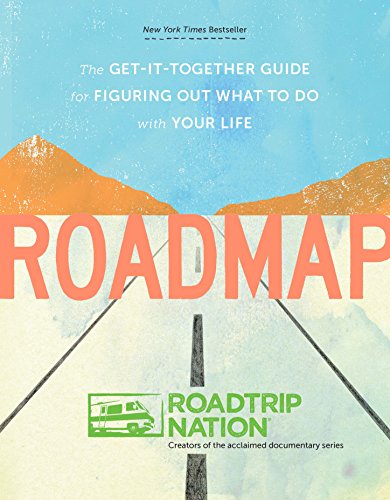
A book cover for Roadmap: The Get-It-Together Guide for Figuring Out What to Do with Your Life; Roadtrip Nation; Business & Money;